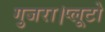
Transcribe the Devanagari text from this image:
गुजरा।प्लूटो